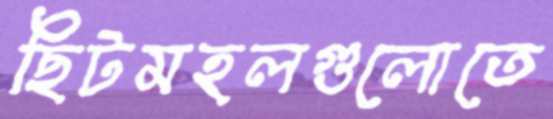
ছিটমহলগুলোতে